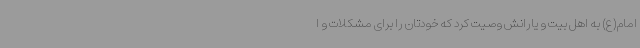
امام(ع) به اهل بیت و یارانش وصیت کرد که خودتان را برای مشکلات و ا